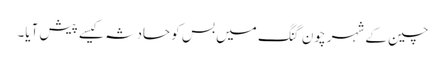
چین کے شہر چون گنگ میں بس کو حادثہ کیسے پیش آیا۔